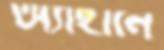
অ্যাহানে